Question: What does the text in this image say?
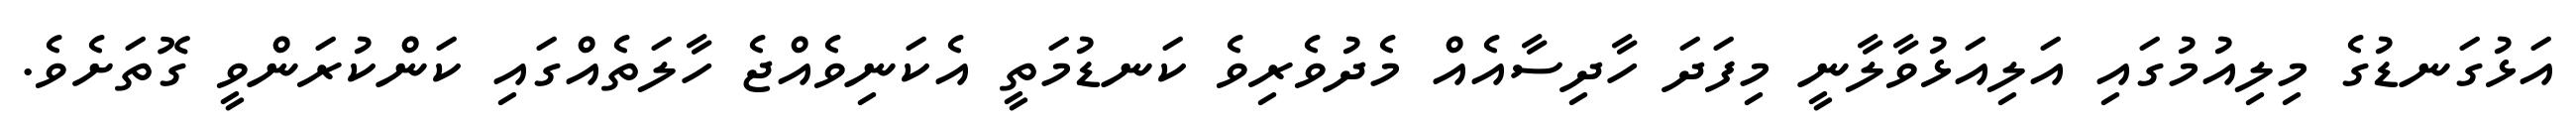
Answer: އަޅުގަނޑުގެ މިލިއުމުގައި އަލިއަޅުވާލާނީ މިފަދަ ހާދިސާއެއް މެދުވެރިވެ ކަނޑުމަތީ އެކަނިވެއްޖެ ހާލަތެއްގައި ކަންކުރަންވީ ގޮތަށެވެ.